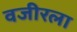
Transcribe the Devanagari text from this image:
वजीरला